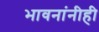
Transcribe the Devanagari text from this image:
भावनांनीही